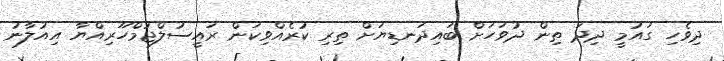
ދިވެހި ގައުމީ ދިދަ ތިން ދުވަހަށް ބައިދަނޑިޔަށް ތިރި ކުރެއްވިކަން ރައީސުލްޖުމްހޫރިއްޔާ އިއުލާނު